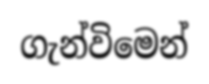
ගැන්විමෙන්